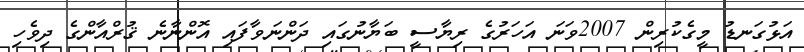
އަޅުގަނޑު މީގެކުރިން 2007ވަނަ އަހަރުގެ ރިޔާސީ ބަޔާނުގައި ދަންނަވާފައި އޮންނާނެ ޤުރްއާންގެ ދިވެހި